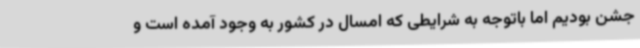
جشن بودیم اما باتوجه به شرایطی که امسال در کشور به وجود آمده است و